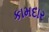
કામદાર